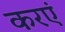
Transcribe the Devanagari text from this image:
करएं